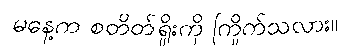
မနေ့က စတိတ်ရှိုးကို ကြိုက်သလား။